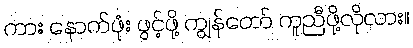
ကား နောက်ဖုံး ဖွင့်ဖို့ ကျွန်တော် ကူညီဖို့လိုလား။